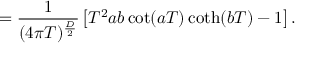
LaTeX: = \frac { 1 } { ( 4 \pi T ) ^ { \frac { D } { 2 } } } \left[ T ^ { 2 } a b \cot ( a T ) \coth ( b T ) - 1 \right] .